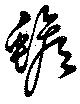
蟾